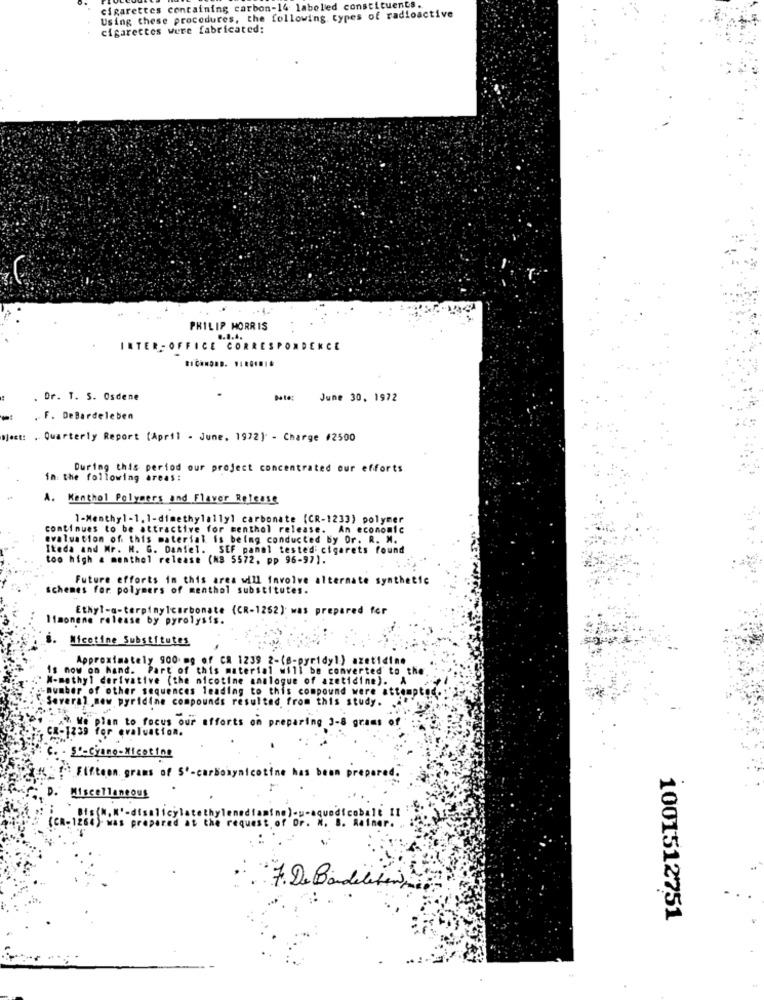
cigarettes containing carbon-14 labeled constituents.
Using these procedures, the following types of radioactive
cigarettes were fabricated:
PHILIP MORRIS
8.8.4.
INTER-OFFICE CORRESPONDENCE
Dr. T. S. Osdene
Date: June 30, 1972
. F. DeBardeleben
Mject :. Quarterly Report (April - June, 1972) - Charge #2500
During this period our project concentrated our efforts
in the following areas:
A. Kenthol Polymers and Flavor Release
1-Menthyl-1.1-dimethylally1 carbonate (CR-1233) polymer
continues to be attractive for menthol release. An economic
evaluation of this material is being conducted by Or. R. M.
Iteda and Mr. H. G. Daniel. SEF panel tested: cigarets found
too high & menthol release (NB 5572, pp 96-97).
Future efforts in this area will involve alternate synthetic
schemes for polymers of menthol substitutes.
Ethyl-a-terpinylcarbonate (CR-1262) was prepared for
limonene release by pyrolysis.
Nicotine Substitutes
Approximately 900 mg of CA 1239 2-(8-pyridyl) azetidine
Is now on Nand. Part of this material will be converted to the
W-methyl derivative (the nicotine analogue of azetidine). A
number of other sequences leading to this compound were attempt
"Several new pyridine compounds resultad from this study.
We plan to focus our efforts on preparing 3-8 grams
:'-cjono-Xicoting
!" Fifteen grams of S' - carboxynicotine has been prepa
red.
. Miscellaneous
N, K' - disall
(CR- 1264). Mas
7. De Bandele in,
1001512751